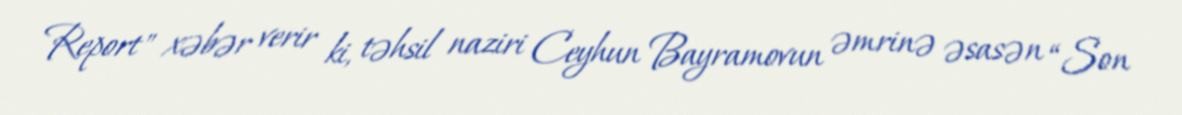
Report" xəbər verir ki, təhsil naziri Ceyhun Bayramovun əmrinə əsasən “Son